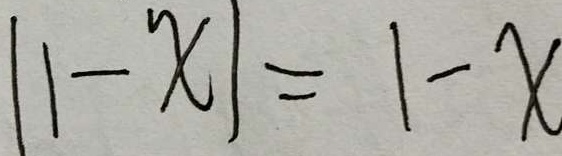
\vert 1 - x \vert = 1 - x